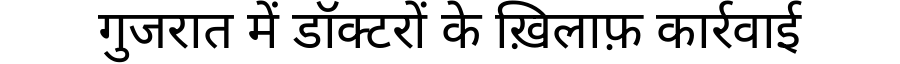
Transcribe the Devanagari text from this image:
गुजरात में डॉक्टरों के ख़िलाफ़ कार्रवाई